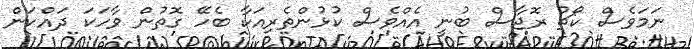
ނަމަވެސް ކޯޗު ރޮޖާސް ބުނީ އެއްވެސް ކުޅުންތެރިއަކާ ބެހޭ ގޮތުން ވާހަކަ ދައްކަން